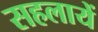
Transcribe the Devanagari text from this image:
सहलायें